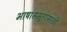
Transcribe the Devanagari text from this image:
भाषासमूहांसाठी